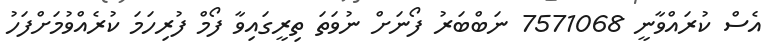
އެސް ކުރައްވާނީ 7571068 ނަބްބަރު ފޯނަށް ނުވަތަ ތިރީގައިވާ ފޯމް ފުރިހަމަ ކުރެއްވުމަށްފަހު